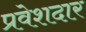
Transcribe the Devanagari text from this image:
प्रवेशदार